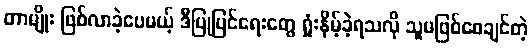
တာမျိုး ဖြစ်လာခဲ့ပေမယ့် ဒီပြုပြင်ရေးတွေ ရှုံးနိမ့်ခဲ့ရသလို သူမဖြစ်စေချင်တဲ့